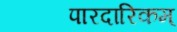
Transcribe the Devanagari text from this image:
पारदारिकम्